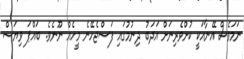
ނަމަވެސް އޭނާއަކީ ކުށްވެރިނަށް އަދަބު ދިނުމުގައި ފަސްޖެހޭނެ މީހެއް ނޫނެވެ. ބައްޕަ ވިޔަސް